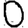
Digit: 0